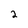
Character: 2